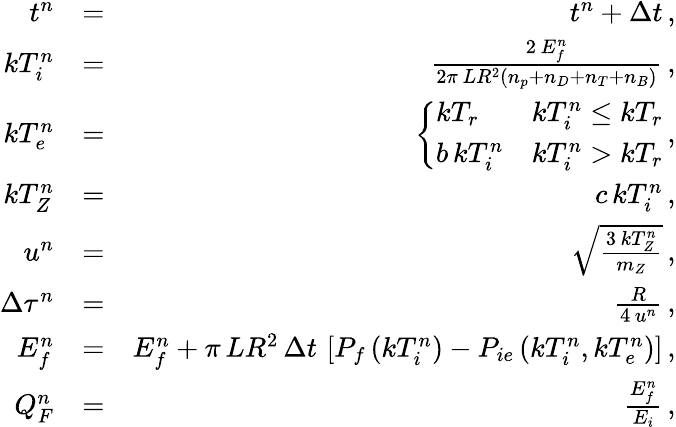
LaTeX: \begin{array}{rlr}{t^{n}}&{=}&{t^{n}+\Delta t\, ,}\\ {kT_{i}^{n}}&{=}&{\frac{2\, E_{f}^{n}}{2\pi\, LR^{2}\left(n_{p}+n_{D}+n_{T}+n_{B}\right)}\, ,}\\ {kT_{e}^{n}}&{=}&{\left\{ \begin{array}{ll}{kT_{r}}&{kT_{i}^{n}\le kT_{r}}\\ {b\, kT_{i}^{n}}&{kT_{i}^{n}>kT_{r}}\end{array}\right.\, ,}\\ {kT_{Z}^{n}}&{=}&{c\, kT_{i}^{n}\, ,}\\ {u^{n}}&{=}&{\sqrt{\frac{3\, kT_{Z}^{n}}{m_{Z}}}\, ,}\\ {\Delta\tau^{n}}&{=}&{\frac{R}{4\, u^{n}}\, ,}\\ {E_{f}^{n}}&{=}&{E_{f}^{n}+\pi\, LR^{2}\, \Delta t\, \left[P_{f}\left(kT_{i}^{n}\right)-P_{ie}\left(kT_{i}^{n},kT_{e}^{n}\right)\right]\, ,}\\ {Q_{F}^{n}}&{=}&{\frac{E_{f}^{n}}{E_{i}}\, ,}\end{array}